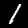
Label: 1